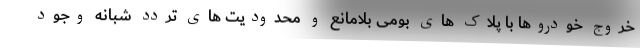
خروج خودروها با پلاک های بومی بلامانع و محدودیت های تردد شبانه وجود